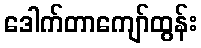
ဒေါက်တာကျော်ထွန်း